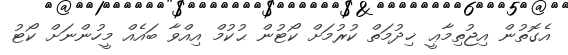
އެގޮތުން އިޖުތިމާޢީ ޚިދުމަތް ކުރުމަށް ކޯޓުން ޙުކުމް އިއްވާ ބައެއް މީހުންނަށް ކޯޓު